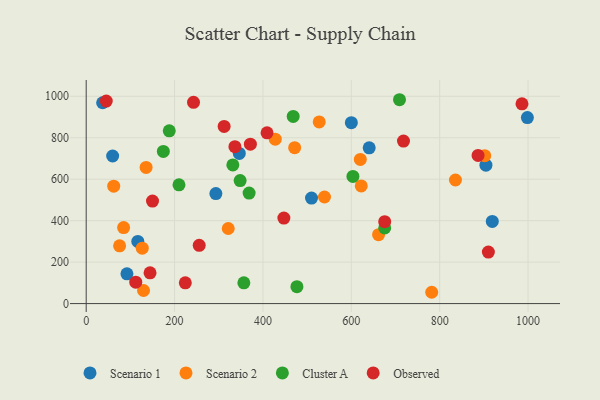
{"axis": {"x": "Investment", "y": "Profit"}, "legend": ["Cluster A", "Observed", "Scenario 1", "Scenario 2"], "data": [{"x": "346.5", "y": 724.5, "type": "Scenario 1"}, {"x": "640.5", "y": 751.6, "type": "Scenario 1"}, {"x": "116.8", "y": 299.9, "type": "Scenario 1"}, {"x": "510.0", "y": 509.1, "type": "Scenario 1"}, {"x": "293.5", "y": 530.9, "type": "Scenario 1"}, {"x": "59.9", "y": 711.9, "type": "Scenario 1"}, {"x": "904.7", "y": 667.8, "type": "Scenario 1"}, {"x": "37.2", "y": 968.9, "type": "Scenario 1"}, {"x": "600.1", "y": 872.7, "type": "Scenario 1"}, {"x": "92.2", "y": 143.6, "type": "Scenario 1"}, {"x": "998.5", "y": 897.4, "type": "Scenario 1"}, {"x": "919.1", "y": 396.5, "type": "Scenario 1"}, {"x": "782.0", "y": 54.6, "type": "Scenario 2"}, {"x": "835.7", "y": 596.1, "type": "Scenario 2"}, {"x": "135.6", "y": 657.0, "type": "Scenario 2"}, {"x": "84.7", "y": 366.5, "type": "Scenario 2"}, {"x": "622.5", "y": 567.8, "type": "Scenario 2"}, {"x": "75.6", "y": 278.5, "type": "Scenario 2"}, {"x": "902.0", "y": 713.5, "type": "Scenario 2"}, {"x": "539.3", "y": 514.1, "type": "Scenario 2"}, {"x": "126.9", "y": 267.4, "type": "Scenario 2"}, {"x": "321.5", "y": 362.2, "type": "Scenario 2"}, {"x": "661.7", "y": 332.3, "type": "Scenario 2"}, {"x": "527.4", "y": 876.5, "type": "Scenario 2"}, {"x": "129.8", "y": 63.2, "type": "Scenario 2"}, {"x": "471.8", "y": 751.9, "type": "Scenario 2"}, {"x": "427.9", "y": 792.9, "type": "Scenario 2"}, {"x": "62.3", "y": 566.3, "type": "Scenario 2"}, {"x": "620.4", "y": 695.6, "type": "Scenario 2"}, {"x": "188.0", "y": 833.5, "type": "Cluster A"}, {"x": "709.1", "y": 983.4, "type": "Cluster A"}, {"x": "174.6", "y": 734.2, "type": "Cluster A"}, {"x": "356.8", "y": 100.4, "type": "Cluster A"}, {"x": "603.7", "y": 613.6, "type": "Cluster A"}, {"x": "331.9", "y": 668.8, "type": "Cluster A"}, {"x": "476.9", "y": 81.6, "type": "Cluster A"}, {"x": "675.6", "y": 365.0, "type": "Cluster A"}, {"x": "468.5", "y": 902.9, "type": "Cluster A"}, {"x": "210.0", "y": 573.0, "type": "Cluster A"}, {"x": "348.4", "y": 593.2, "type": "Cluster A"}, {"x": "368.7", "y": 533.0, "type": "Cluster A"}, {"x": "312.2", "y": 854.4, "type": "Observed"}, {"x": "112.2", "y": 103.1, "type": "Observed"}, {"x": "718.1", "y": 784.0, "type": "Observed"}, {"x": "371.6", "y": 769.2, "type": "Observed"}, {"x": "45.4", "y": 976.9, "type": "Observed"}, {"x": "675.6", "y": 395.3, "type": "Observed"}, {"x": "224.3", "y": 100.0, "type": "Observed"}, {"x": "144.5", "y": 148.4, "type": "Observed"}, {"x": "886.9", "y": 714.6, "type": "Observed"}, {"x": "336.6", "y": 756.8, "type": "Observed"}, {"x": "242.9", "y": 970.7, "type": "Observed"}, {"x": "255.8", "y": 280.9, "type": "Observed"}, {"x": "447.4", "y": 412.5, "type": "Observed"}, {"x": "409.3", "y": 823.5, "type": "Observed"}, {"x": "150.1", "y": 494.6, "type": "Observed"}, {"x": "986.3", "y": 963.6, "type": "Observed"}, {"x": "910.2", "y": 248.7, "type": "Observed"}]}